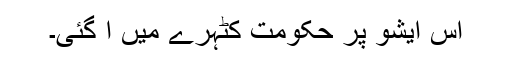
اس ایشو پر حکومت کٹہرے میں آ گئی۔